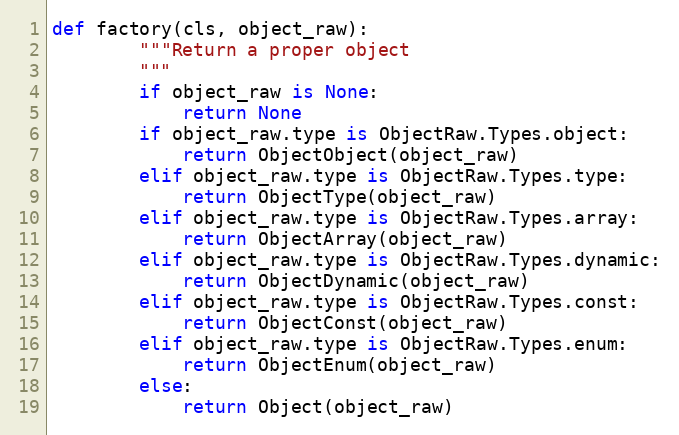
Language: Python
def factory(cls, object_raw):
        """Return a proper object
        """
        if object_raw is None:
            return None
        if object_raw.type is ObjectRaw.Types.object:
            return ObjectObject(object_raw)
        elif object_raw.type is ObjectRaw.Types.type:
            return ObjectType(object_raw)
        elif object_raw.type is ObjectRaw.Types.array:
            return ObjectArray(object_raw)
        elif object_raw.type is ObjectRaw.Types.dynamic:
            return ObjectDynamic(object_raw)
        elif object_raw.type is ObjectRaw.Types.const:
            return ObjectConst(object_raw)
        elif object_raw.type is ObjectRaw.Types.enum:
            return ObjectEnum(object_raw)
        else:
            return Object(object_raw)